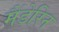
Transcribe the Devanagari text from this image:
मैंडेरिन